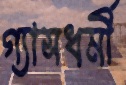
গ্যাসধর্মী